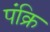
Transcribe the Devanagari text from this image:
पंक्रि